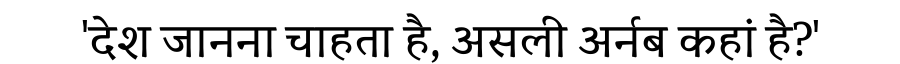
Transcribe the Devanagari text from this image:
'देश जानना चाहता है, असली अर्नब कहां है?'